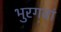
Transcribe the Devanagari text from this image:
भुरगवां